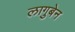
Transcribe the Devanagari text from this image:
लागुबेन